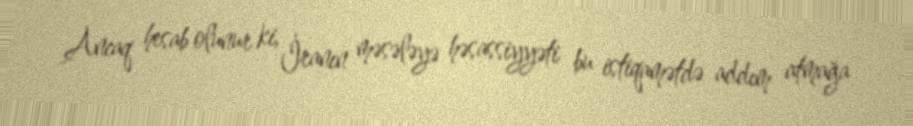
Ancaq hesab olunur ki, İranın məsələyə həsassiyyəti bu istiqamətdə addım atmağa